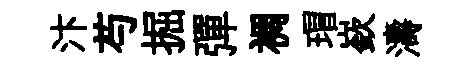
汴芍掘彈裯瑁嶔濤